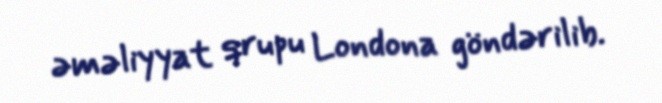
əməliyyat qrupu Londona göndərilib.